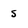
Character: 5